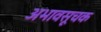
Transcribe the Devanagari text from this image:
अभावसूचक